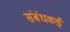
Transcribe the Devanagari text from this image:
संबंधकई